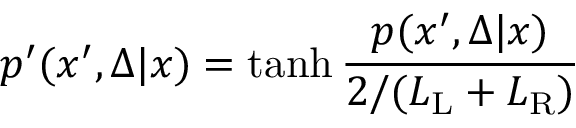
p ^ { \prime } ( x ^ { \prime } , \Delta | x ) = \operatorname { t a n h } \frac { p ( x ^ { \prime } , \Delta | x ) } { 2 / { ( L _ { \mathrm { L } } + L _ { \mathrm { R } } ) } }